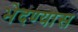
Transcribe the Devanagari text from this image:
भेदण्यास